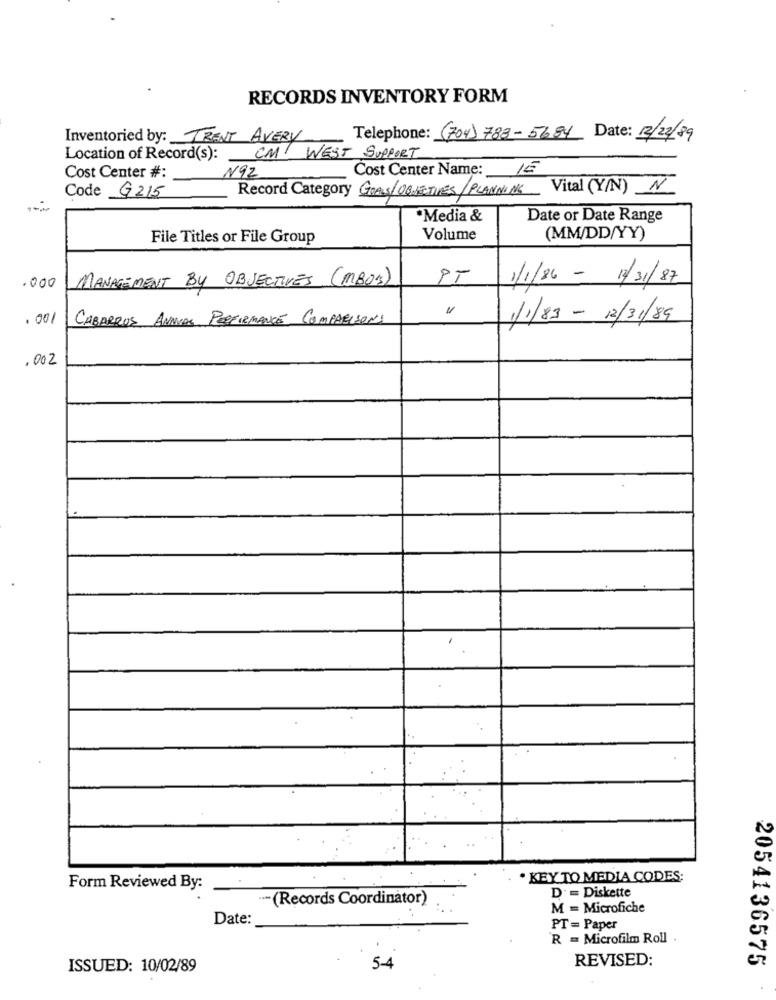
RECORDS INVENTORY FORM
Inventoried by: TRENT AVERY
Telephone: (704) 783-5684 Date: 12/22/89
Location of Record(s): CM WEST SUPPORT
Cost Center Name: 15
Cost Center #:
N92
Record Category GOALS/OBJECTIVES/PLANNING
Vital (Y/N) N
Code G215
Media &
Date or Date Range
File Titles or File Group
Volume
(MM/DD/YY)
MANAGEMENT BY OBJECTIVES (MBOS)
PT
.000
1/1/86 - 1/31/87
. 001
CABARRUS ANNUAL PERFORMANCE COMPARISONS
1/1/83 - 12/31/89
.002
· KEY TO MEDIA CODES:
Form Reviewed By:
D' = Diskette
.- (Records Coordinator)
M = Microfiche
Date:
PT = Paper
R = Microfilm Roll .
REVISED:
2054136575
ISSUED: 10/02/89
5-4